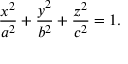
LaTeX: { \frac { x ^ { 2 } } { a ^ { 2 } } } + { \frac { y ^ { 2 } } { b ^ { 2 } } } + { \frac { z ^ { 2 } } { c ^ { 2 } } } = 1 .